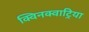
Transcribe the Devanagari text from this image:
क्विनक्वाट्रिया